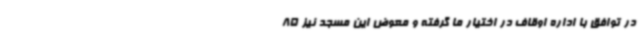
در توافق با اداره اوقاف در اختیار ما گرفته و معوض این مسجد نیز 85